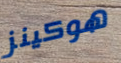
هوكينز